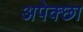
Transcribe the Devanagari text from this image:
अपेक्छा